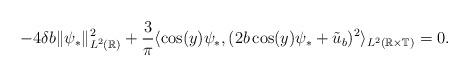
LaTeX: \begin{align*} - 4 \delta b \| \psi_* \|^2_{L^2(\mathbb{R})} +\frac{3}{\pi} \langle \cos(y) \psi_*, (2 b \cos(y) \psi_* + \tilde{u}_b)^2 \rangle_{L^2(\mathbb{R} \times \mathbb{T})} = 0.\end{align*}